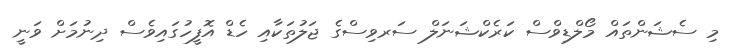
މި ސެޝަންތައް މޯލްޑިވްސް ކަރެކްޝަނަލް ސަރވިސްގެ ޖަލުތަކާއި ހެޑް އޮފީހުގައިވެސް ދިނުމަށް ވަނީ